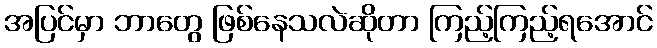
အပြင်မှာ ဘာတွေ ဖြစ်နေသလဲဆိုတာ ကြည့်ကြည့်ရအောင်